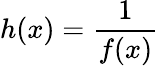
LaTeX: h(x)={\frac{1}{f(x)}}